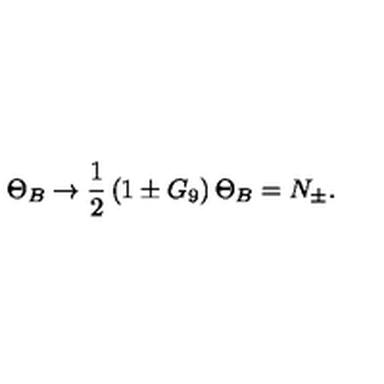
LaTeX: \Theta _ { B } \to \frac { 1 } { 2 } \left( 1 \pm G _ { 9 } \right) \Theta _ { B } = N _ { \pm } .